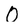
Character: O